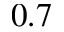
0 . 7